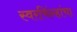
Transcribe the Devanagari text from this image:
स्वरचिंन्हांचा